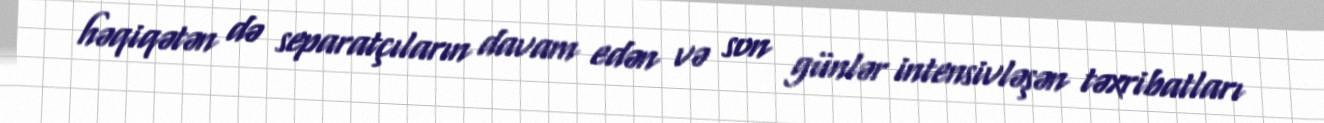
həqiqətən də separatçıların davam edən və son günlər intensivləşən təxribatları